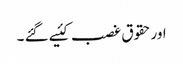
اورحقوق غصب کئیے گئے ۔